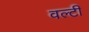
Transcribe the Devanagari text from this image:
वल्टी